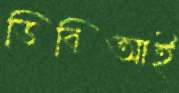
ডিবিআই